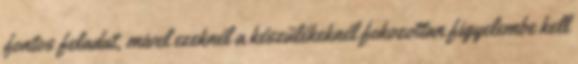
fontos feladat, mivel ezeknél a készülékeknél fokozottan figyelembe kell